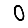
Digit: 0